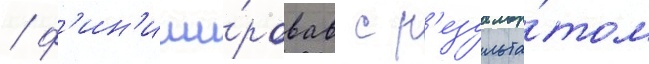
/ ф'ин'иши́ровав с р'езульта́том